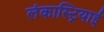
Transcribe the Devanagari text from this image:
लंकास्ट्रियाई